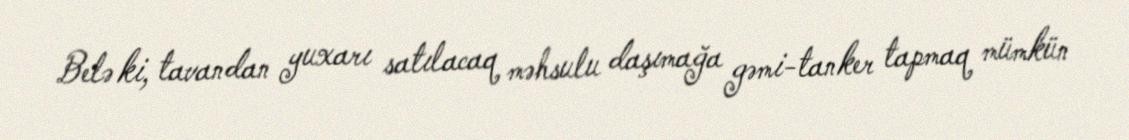
Belə ki, tavandan yuxarı satılacaq məhsulu daşımağa gəmi-tanker tapmaq mümkün